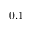
0 . 1